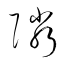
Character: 隣